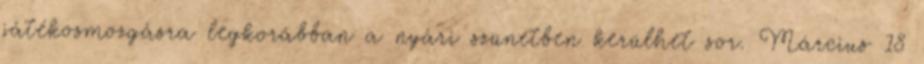
játékosmozgásra legkorábban a nyári szünetben kerülhet sor. Március 18